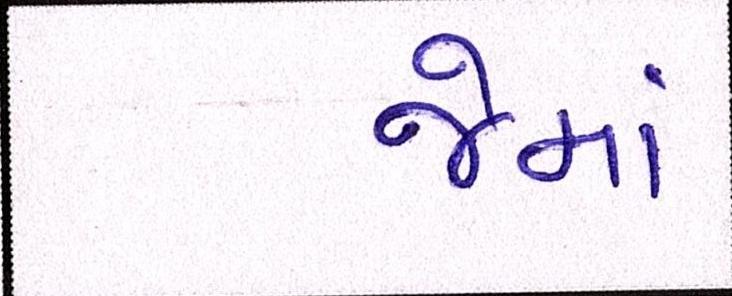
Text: જેમાં